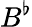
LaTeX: B^{\flat}